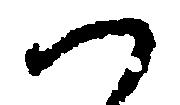
へ